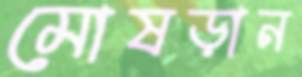
মোষড়ান